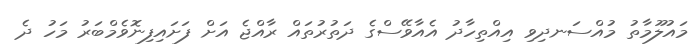
މައުލޫމާތު މުއްސަނދިވި އިއްތިހާދު އެއާވޭސްގެ ދަތުރުތައް ރާއްޖެ އަށް ފަށައިފިނޮވެމްބަރު މަހު ދެ